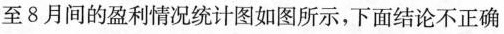
至8月间的盈利情况统计图如图所示，下面结论不正确